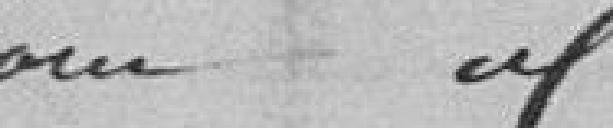
Pour information